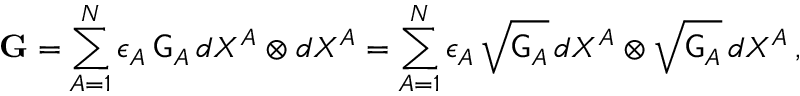
\mathbf { G } = \sum _ { A = 1 } ^ { N } \epsilon _ { A } \, \mathsf { G } _ { A } \, d X ^ { A } \otimes d X ^ { A } = \sum _ { A = 1 } ^ { N } \epsilon _ { A } \, \sqrt { \mathsf { G } _ { A } } \, d X ^ { A } \otimes \sqrt { \mathsf { G } _ { A } } \, d X ^ { A } \, ,